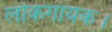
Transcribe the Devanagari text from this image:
लोकगायक।